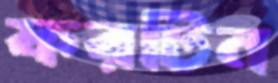
ফরটিন